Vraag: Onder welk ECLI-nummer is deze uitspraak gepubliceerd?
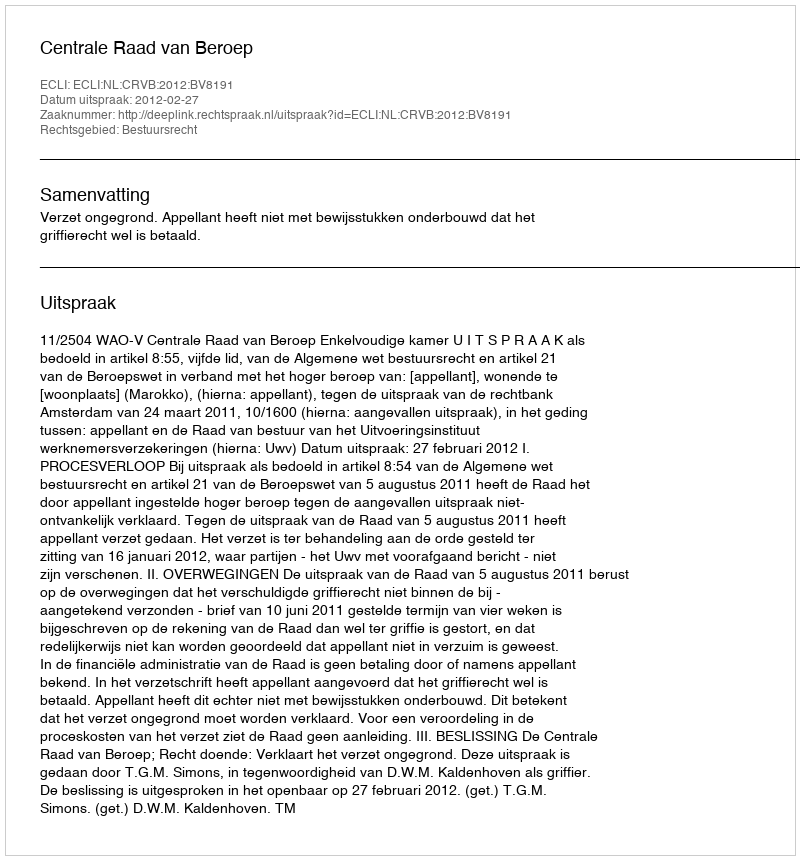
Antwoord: ECLI:NL:CRVB:2012:BV8191